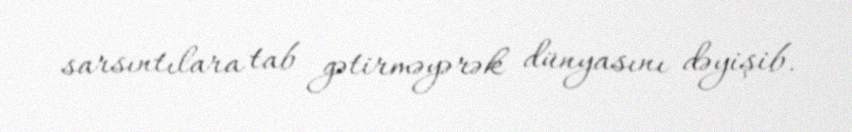
sarsıntılara tab gətirməyərək dünyasını dəyişib.